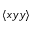
\langle x y y \rangle